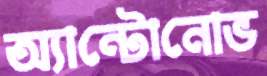
অ্যান্টোনোভ